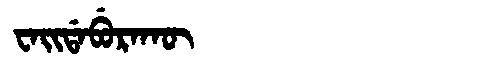
Manchu: ᠸᠠᡳᡩᠠᠪᡠᡵᠠᡴᡡ
Romanization: WAIDABURAKŪ